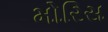
મોરિસ